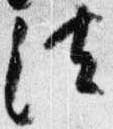
法